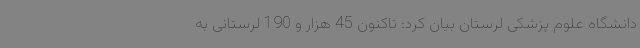
دانشگاه علوم پزشکی لرستان بیان کرد: تاکنون 45 هزار و 190 لرستانی به